Medical and sanitary report of the native army of Bengal for the year
Year: 1875
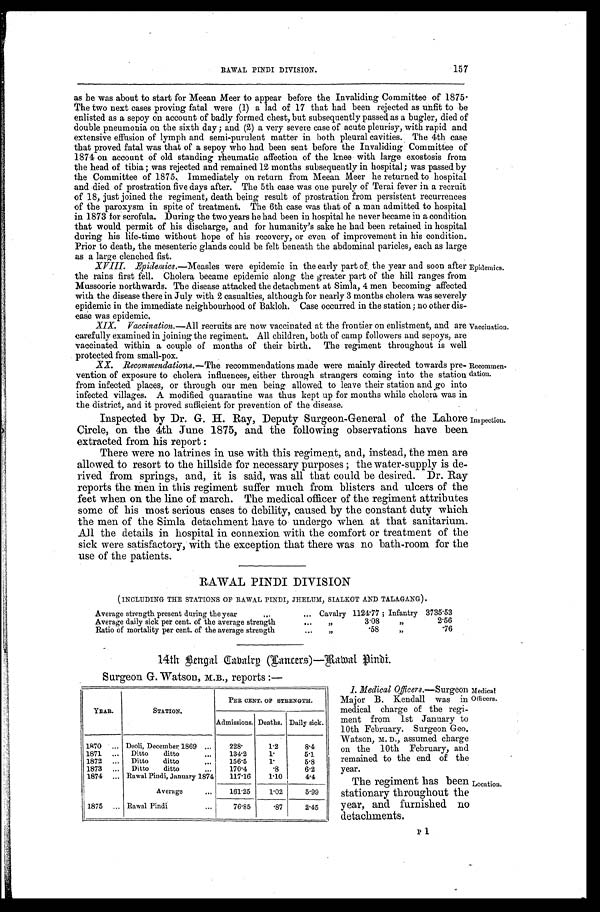
XIX. Vaccination.— All recruits are now vaccinated at the frontier on enlistment, and are
carefully examined in joining, the regiment. All children, both of camp followers and sepoys, are
vaccinated within a couple of months of their birth. The regiment throughout is well
protected
small-pox.
XX. Recommendations.— The recommendations made were mainly directed towards pre-
vention of exposure to cholera influences, either through strangers coming into the station
from infected places, or through our men being allowed to leave their station and go into
infected villages. A modified quarantine was thus kept up for months while cholera was in
the district, and it proved sufficient for prevention of the disease.
Inspected by Dr. G. H. Ray, Deputy Surgeon-General of the Lahore
Circle, on the 4th June 1875, and the following observations have been.
extracted from his report :
There were no latrines in use with this regiment, and, instead, the men are
allowed to resort to the hillside for necessary purposes ; the water-supply is de-
rived from springs, and, it is said, was all that could be desired. Dr. Ray
reports the men in this regiment suffer much from blisters and ulcers of the
feet when on the line of march. The medical officer of the regiment attributes
some of his most serious cases to debility, caused by the constant duty which
the men of the Simla detachment have to undergo when at that sanitarium.
All the details in hospital in connexion with the comfort or treatment of the
sick were satisfactory, with the exception that there was no bath-room for the
use of the patients.
RAWAL PINDI DIVISION
(INCLUDING THE STATIONS OF RAWAL PINDI, JHELUM, SIALKOT AND TALAGANG).
Average strength present during the year . . .
Cavalry 1124.77 ; Infantry
. . .
3735.53
Average daily sick per cent. of the average strength
. . .
"
3.08
"
2.56
Ratio of mortality per cent. of the average strength
. . .
" .58
"
.76
1 4 t h Be n g a l Ca v a l r y ( Ca n c e r s ) —Ra wa l P i n d i .
Surgeon G. Watson, M.B., reports :—
157
R A W A L P I N D I D I V I S I O N .
as he was about to start for Meean Meer to appear before the Invaliding Committee of 1875.
The two next cases proving fatal were (1) a lad of 17 that had been rejected as unfit to be
enlisted as a sepoy on account of badly formed chest, but subsequently passed as a bugler, died of
double pneumonia on the sixth day; and (2) a very severe case of acute pleurisy, with rapid and
extensive effusion of lymph and semi-purulent matter in both pleural cavities. The 4th case
that proved fatal was that of a sepoy who had been sent before the Invaliding Committee of
1874 on account of old standing rheumatic affection of the knee with large exostosis from
the head of tibia; was rejected and remained 12 months subsequently in hospital; was passed by
the Committee of 1875. Immediately on return from Meean Meer he returned to hospital
and died of prostration five days after. The 5th case was one purely of Terai fever in a recruit
of 18, just joined the regiment, death being result of prostration from persistent recurrences
of the paroxysm in spite of treatment. The 6th case was that of a man admitted to hospital
in 1873 for scrofula. During the two years he had been in hospital he never became in a condition
that would permit of his discharge, and for humanity's sake he had been retained in hospital
during his life-time without hope of his recovery, or even of improvement in his condition.
Prior to death, the mesenteric glands could be felt beneath the abdominal paricles, each as large
as a large clenched fist.
XVIII. Epidemics.— Measles were epidemic in the early part of . the year and soon after
the rains first fell. Cholera became epidemic along the greater part of the hill ranges from
Mussoorie northwards. The disease attacked the detachment at Simla, 4 men becoming affected
with the disease there in July with 2 casualties, although for nearly 3 months cholera was severely
epidemic in the immediate neighbourhood of Bakloh. Case occurred in the station ; no other dis-
ease was epidemic.
Epidemics.
Vaccination.
Recommen-
dation.
Inspection.
YEAR.
STATION.
PER CENT. OF STRENGTH.
Admissions. Deaths. Daily sick.
1870 . . . Deoli, December 1869 . . .
228.
1.2
8.4
1871 . . .
Ditto
ditto . . .
134.2
1.
5.1
1872 . . .
Ditto
ditto . . .
156.5
1.
5.8
1873 . . . Ditto
ditto . . .
170.4
.8
6.2
1874 . . . Rawal Pindi, January 1874
117.16
1.10
4.4
Average . . .
161.25
1.02
5.99
1875 . . . Rawal Pindi
76.85
.87
2.45
1. Medical Officers. — S u r g e o n
Major B. Kendall was in
medical charge of the regi-
ment from 1st January to
10th February. Surgeon Geo.
Watson, M. D., assumed charge
on the 10th February, and
remained to the end of the
year.
The regiment has been
stationary throughout the
year, and furnished no
detachments.
Medical
Officers.
Location.
P 1